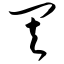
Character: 其